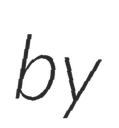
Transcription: by